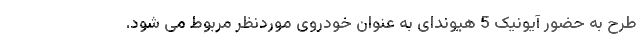
طرح به حضور آیونیک 5 هیوندای به عنوان خودروی موردنظر مربوط می شود.